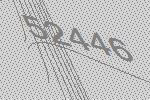
52446